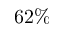
6 2 \%